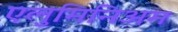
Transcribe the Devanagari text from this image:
एलुमिनिअम